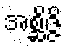
အစ္ဆိဇ္ဇိ